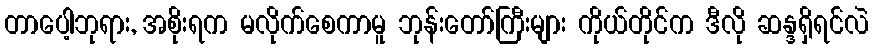
တာပေါ့ဘုရား, အစိုးရက မလိုက်စေကာမူ ဘုန်းတော်ကြီးများ ကိုယ်တိုင်က ဒီလို ဆန္ဒရှိရင်လဲ